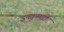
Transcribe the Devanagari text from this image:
इनक्वायरी